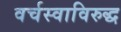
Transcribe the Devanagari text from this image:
वर्चस्वाविरुद्ध